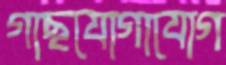
গাছযোগাযোগ